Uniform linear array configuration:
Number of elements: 64
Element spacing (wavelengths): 1
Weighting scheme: uniform
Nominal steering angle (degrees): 45
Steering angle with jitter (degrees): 45.498
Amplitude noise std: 0.05
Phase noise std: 0.05

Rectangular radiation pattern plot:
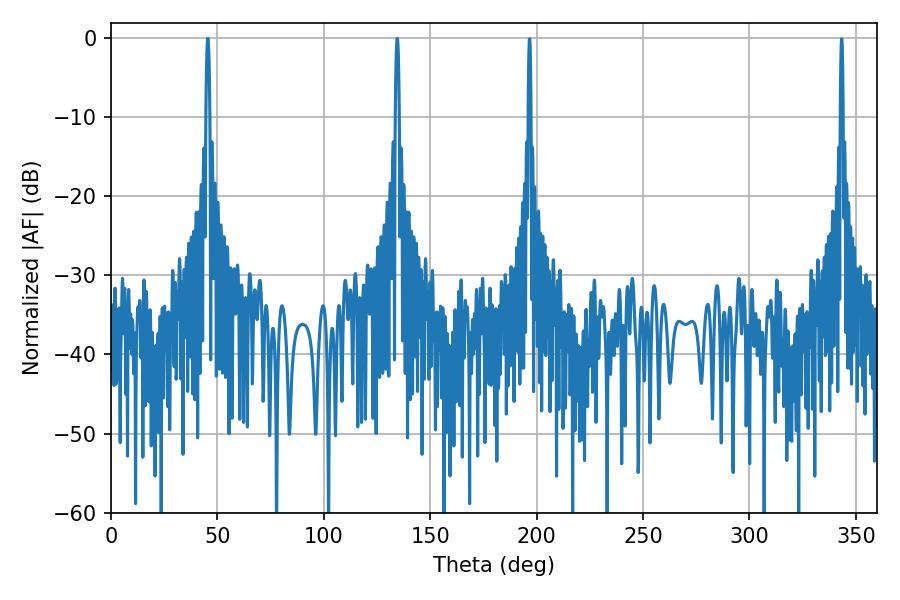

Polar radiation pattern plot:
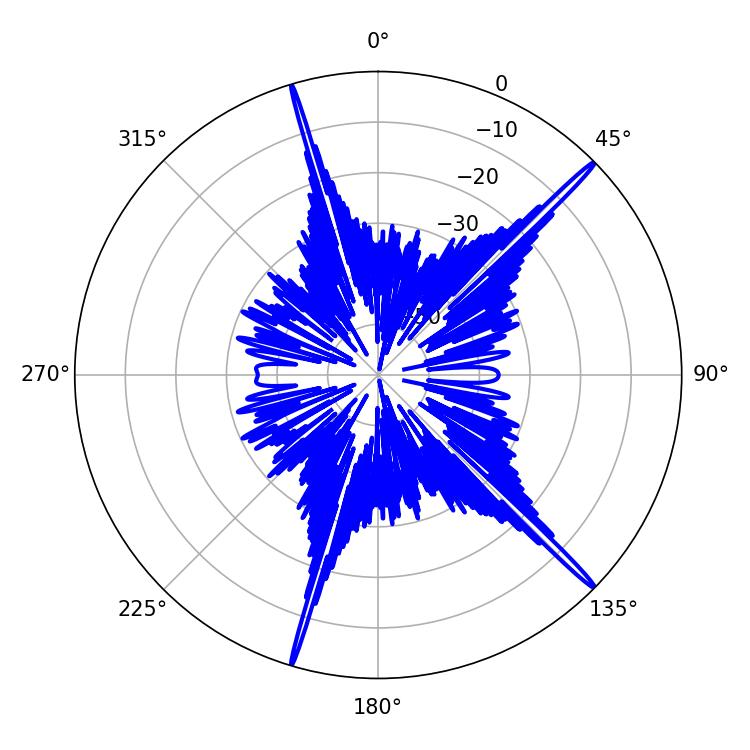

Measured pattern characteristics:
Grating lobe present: TRUE
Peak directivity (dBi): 19.525
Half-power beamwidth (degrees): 0.9
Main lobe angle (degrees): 45.54